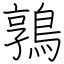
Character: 鶉